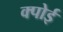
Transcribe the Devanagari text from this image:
क्पोई